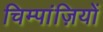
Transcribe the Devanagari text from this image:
चिम्पांज़ियों